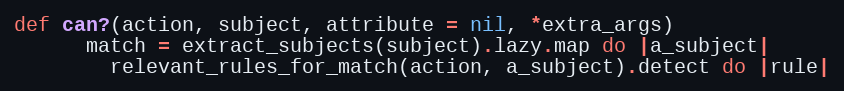
Language: Ruby
def can?(action, subject, attribute = nil, *extra_args)
      match = extract_subjects(subject).lazy.map do |a_subject|
        relevant_rules_for_match(action, a_subject).detect do |rule|